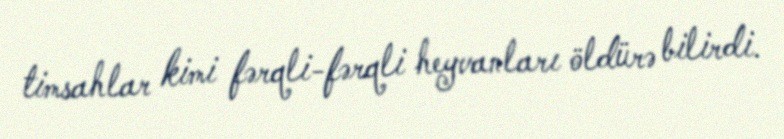
timsahlar kimi fərqli-fərqli heyvanları öldürə bilirdi.